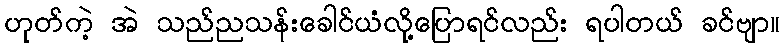
ဟုတ်ကဲ့ အဲ သည်ညသန်းခေါင်ယံလို့ပြောရင်လည်း ရပါတယ် ခင်ဗျာ။